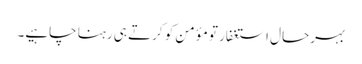
بہرحال استغفار تو مؤمن کو کرتے ہی رہنا چاہیے۔